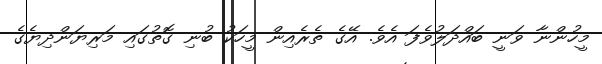
މީހުންނާ ވަނީ ބައްދަލުވެފަ އެވެ. އޭގެ ތެރެއިން މީހަކު ބުނި ގޮތުގައި މަރިޔަންދިޔެގެ